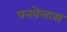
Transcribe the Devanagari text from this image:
पनवेलास